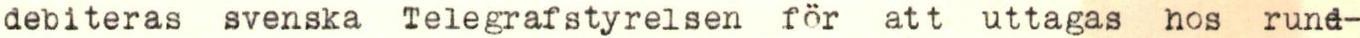
debiteras svenska Telegrafstyrelsen för att uttagas hos rund-